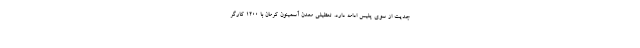
جدیت از سوی پلیس ادامه دارد. تعطیلی معدن آسمینون کرمان با ۱۲۰۰ کارگر